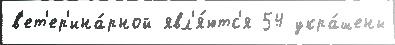
в'ет'ер'ина́рной явл'я́ютс'я 54 укра́шены